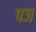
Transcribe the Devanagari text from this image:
पज